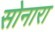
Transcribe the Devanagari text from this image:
सोनारा